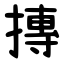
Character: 摶